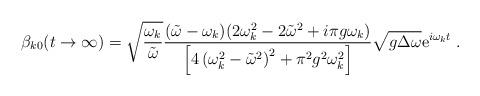
LaTeX: \begin{align*}\beta_{k0}(t\to\infty)=\sqrt{\frac{\omega_k}{\tilde{\omega}}}\frac{(\tilde{\omega}-\omega_k)(2\omega_k^2-2\tilde{\omega}^2+i\pi g\omega_k)}{\left[4\left(\omega_k^2-\tilde{\omega}^2\right)^2+\pi^2g^2\omega_k^2\right]}\sqrt{g\Delta \omega}{\rm e}^{i\omega_k t}\;.\end{align*}